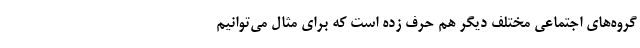
گروه‌های اجتماعی مختلف دیگر هم حرف زده است که برای مثال می‌توانیم